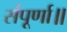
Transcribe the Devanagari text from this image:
संपूर्णा॥